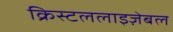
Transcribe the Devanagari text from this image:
क्रिस्टललाइज़ेबल